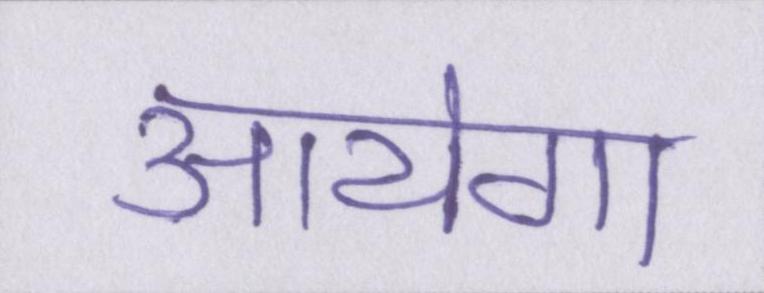
आयेगा